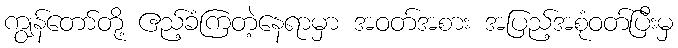
ကျွန်တော်တို့ ဧည့်ခံကြတဲ့နေရာမှာ အဝတ်အစား အပြည့်အစုံဝတ်ပြီးမှ